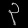
Digit: ၃